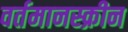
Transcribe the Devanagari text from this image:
वर्तमानस्क्रीन